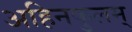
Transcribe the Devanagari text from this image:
अहिनकुलम्